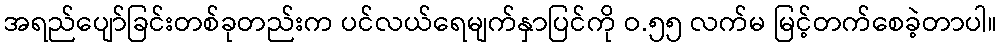
အရည်ပျော်ခြင်းတစ်ခုတည်းက ပင်လယ်ရေမျက်နှာပြင်ကို ဝ.၅၅ လက်မ မြင့်တက်စေခဲ့တာပါ။